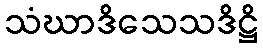
သံဃာဒိသေသဒိဋ္ဌိ